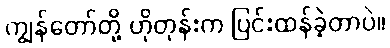
ကျွန်တော်တို့ ဟိုတုန်းက ပြင်းထန်ခဲ့တာပဲ။